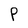
Character: P